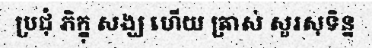
ប្រជុំ ភិក្ខុ សង្ឃ ហើយ ត្រាស់ សួរសុទិន្ន